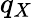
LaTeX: q_{X}